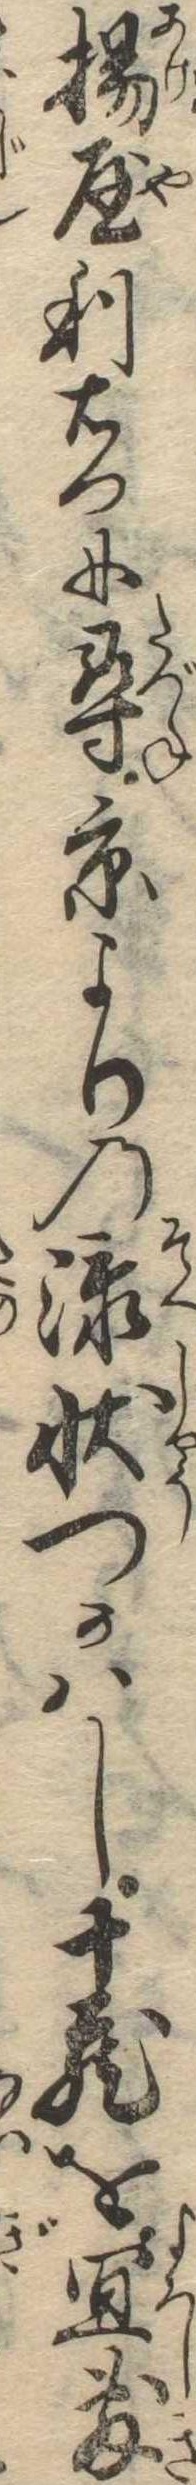
揚屋利右門に尋京よりの添状つかはし十蔵を宜敷